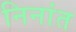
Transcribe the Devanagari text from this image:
निनांत